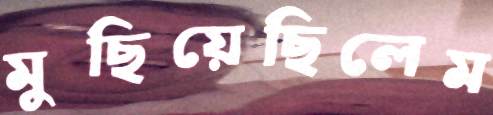
মুছিয়েছিলেম